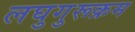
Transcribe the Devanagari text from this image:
लघुगुरूक्रम